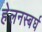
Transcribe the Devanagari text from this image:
हेलनस्बर्घ